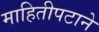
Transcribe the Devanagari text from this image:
माहितीपटाने